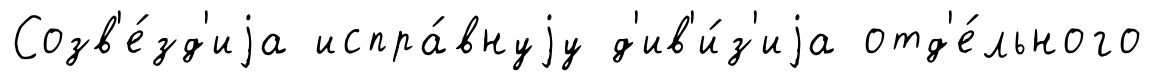
Созв'е́зд'иjа испра́внуjу д'ив'и́з'иjа отд'е́льного